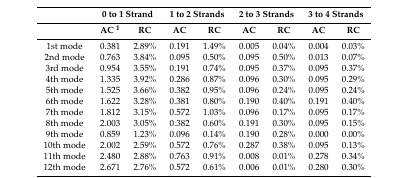
<table><thead><tr><td></td><td colspan="2"><b>0 to 1 Strand</b></td><td colspan="2"><b>1 to 2 Strands</b></td><td colspan="2"><b>2 to 3 Strands</b></td><td colspan="2"><b>3 to 4 Strands</b></td></tr><tr><td></td><td><b>AC <sup>1</sup></b></td><td><b>RC</b></td><td><b>AC</b></td><td><b>RC</b></td><td><b>AC</b></td><td><b>RC</b></td><td><b>AC</b></td><td><b>RC</b></td></tr></thead><tbody><tr><td>1st mode</td><td>0.381</td><td>2.89%</td><td>0.191</td><td>1.49%</td><td>0.005</td><td>0.04%</td><td>0.004</td><td>0.03%</td></tr><tr><td>2nd mode</td><td>0.763</td><td>3.84%</td><td>0.095</td><td>0.50%</td><td>0.095</td><td>0.50%</td><td>0.013</td><td>0.07%</td></tr><tr><td>3rd mode</td><td>0.954</td><td>3.55%</td><td>0.191</td><td>0.74%</td><td>0.095</td><td>0.37%</td><td>0.095</td><td>0.37%</td></tr><tr><td>4th mode</td><td>1.335</td><td>3.92%</td><td>0.286</td><td>0.87%</td><td>0.096</td><td>0.30%</td><td>0.095</td><td>0.29%</td></tr><tr><td>5th mode</td><td>1.525</td><td>3.66%</td><td>0.382</td><td>0.95%</td><td>0.096</td><td>0.24%</td><td>0.095</td><td>0.24%</td></tr><tr><td>6th mode</td><td>1.622</td><td>3.28%</td><td>0.381</td><td>0.80%</td><td>0.190</td><td>0.40%</td><td>0.191</td><td>0.40%</td></tr><tr><td>7th mode</td><td>1.812</td><td>3.15%</td><td>0.572</td><td>1.03%</td><td>0.096</td><td>0.17%</td><td>0.095</td><td>0.17%</td></tr><tr><td>8th mode</td><td>2.003</td><td>3.05%</td><td>0.382</td><td>0.60%</td><td>0.191</td><td>0.30%</td><td>0.095</td><td>0.15%</td></tr><tr><td>9th mode</td><td>0.859</td><td>1.23%</td><td>0.096</td><td>0.14%</td><td>0.190</td><td>0.28%</td><td>0.000</td><td>0.00%</td></tr><tr><td>10th mode</td><td>2.002</td><td>2.59%</td><td>0.572</td><td>0.76%</td><td>0.287</td><td>0.38%</td><td>0.095</td><td>0.13%</td></tr><tr><td>11th mode</td><td>2.480</td><td>2.88%</td><td>0.763</td><td>0.91%</td><td>0.008</td><td>0.01%</td><td>0.278</td><td>0.34%</td></tr><tr><td>12th mode</td><td>2.671</td><td>2.76%</td><td>0.572</td><td>0.61%</td><td>0.006</td><td>0.01%</td><td>0.280</td><td>0.30%</td></tr></tbody></table>